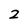
Character: 2